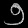
Digit: ၅